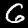
Digit: 6